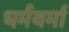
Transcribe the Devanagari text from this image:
धर्मवर्मा